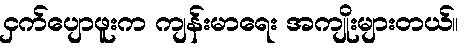
ငှက်ပျောဖူးက ကျန်းမာရေး အကျိုးများတယ်။